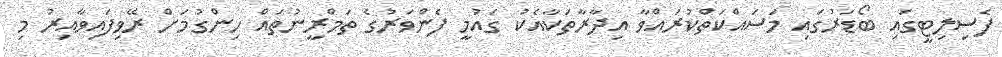
ފެސިލިޓީގައި ބޯޑަރުގައި މަސައްކަތްކުރައްވާ އިދާރާތަކާއެކު ގައުމީ ފެންވަރުގެ ތަމްރީނުތައް ހިންގުމަށް ރޭވިފައިވާއިރު މި